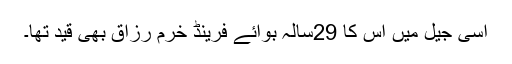
اسی جیل میں اس کا 29سالہ بوائے فرینڈ خرم رزاق بھی قید تھا۔